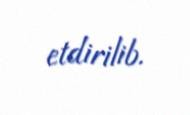
etdirilib.